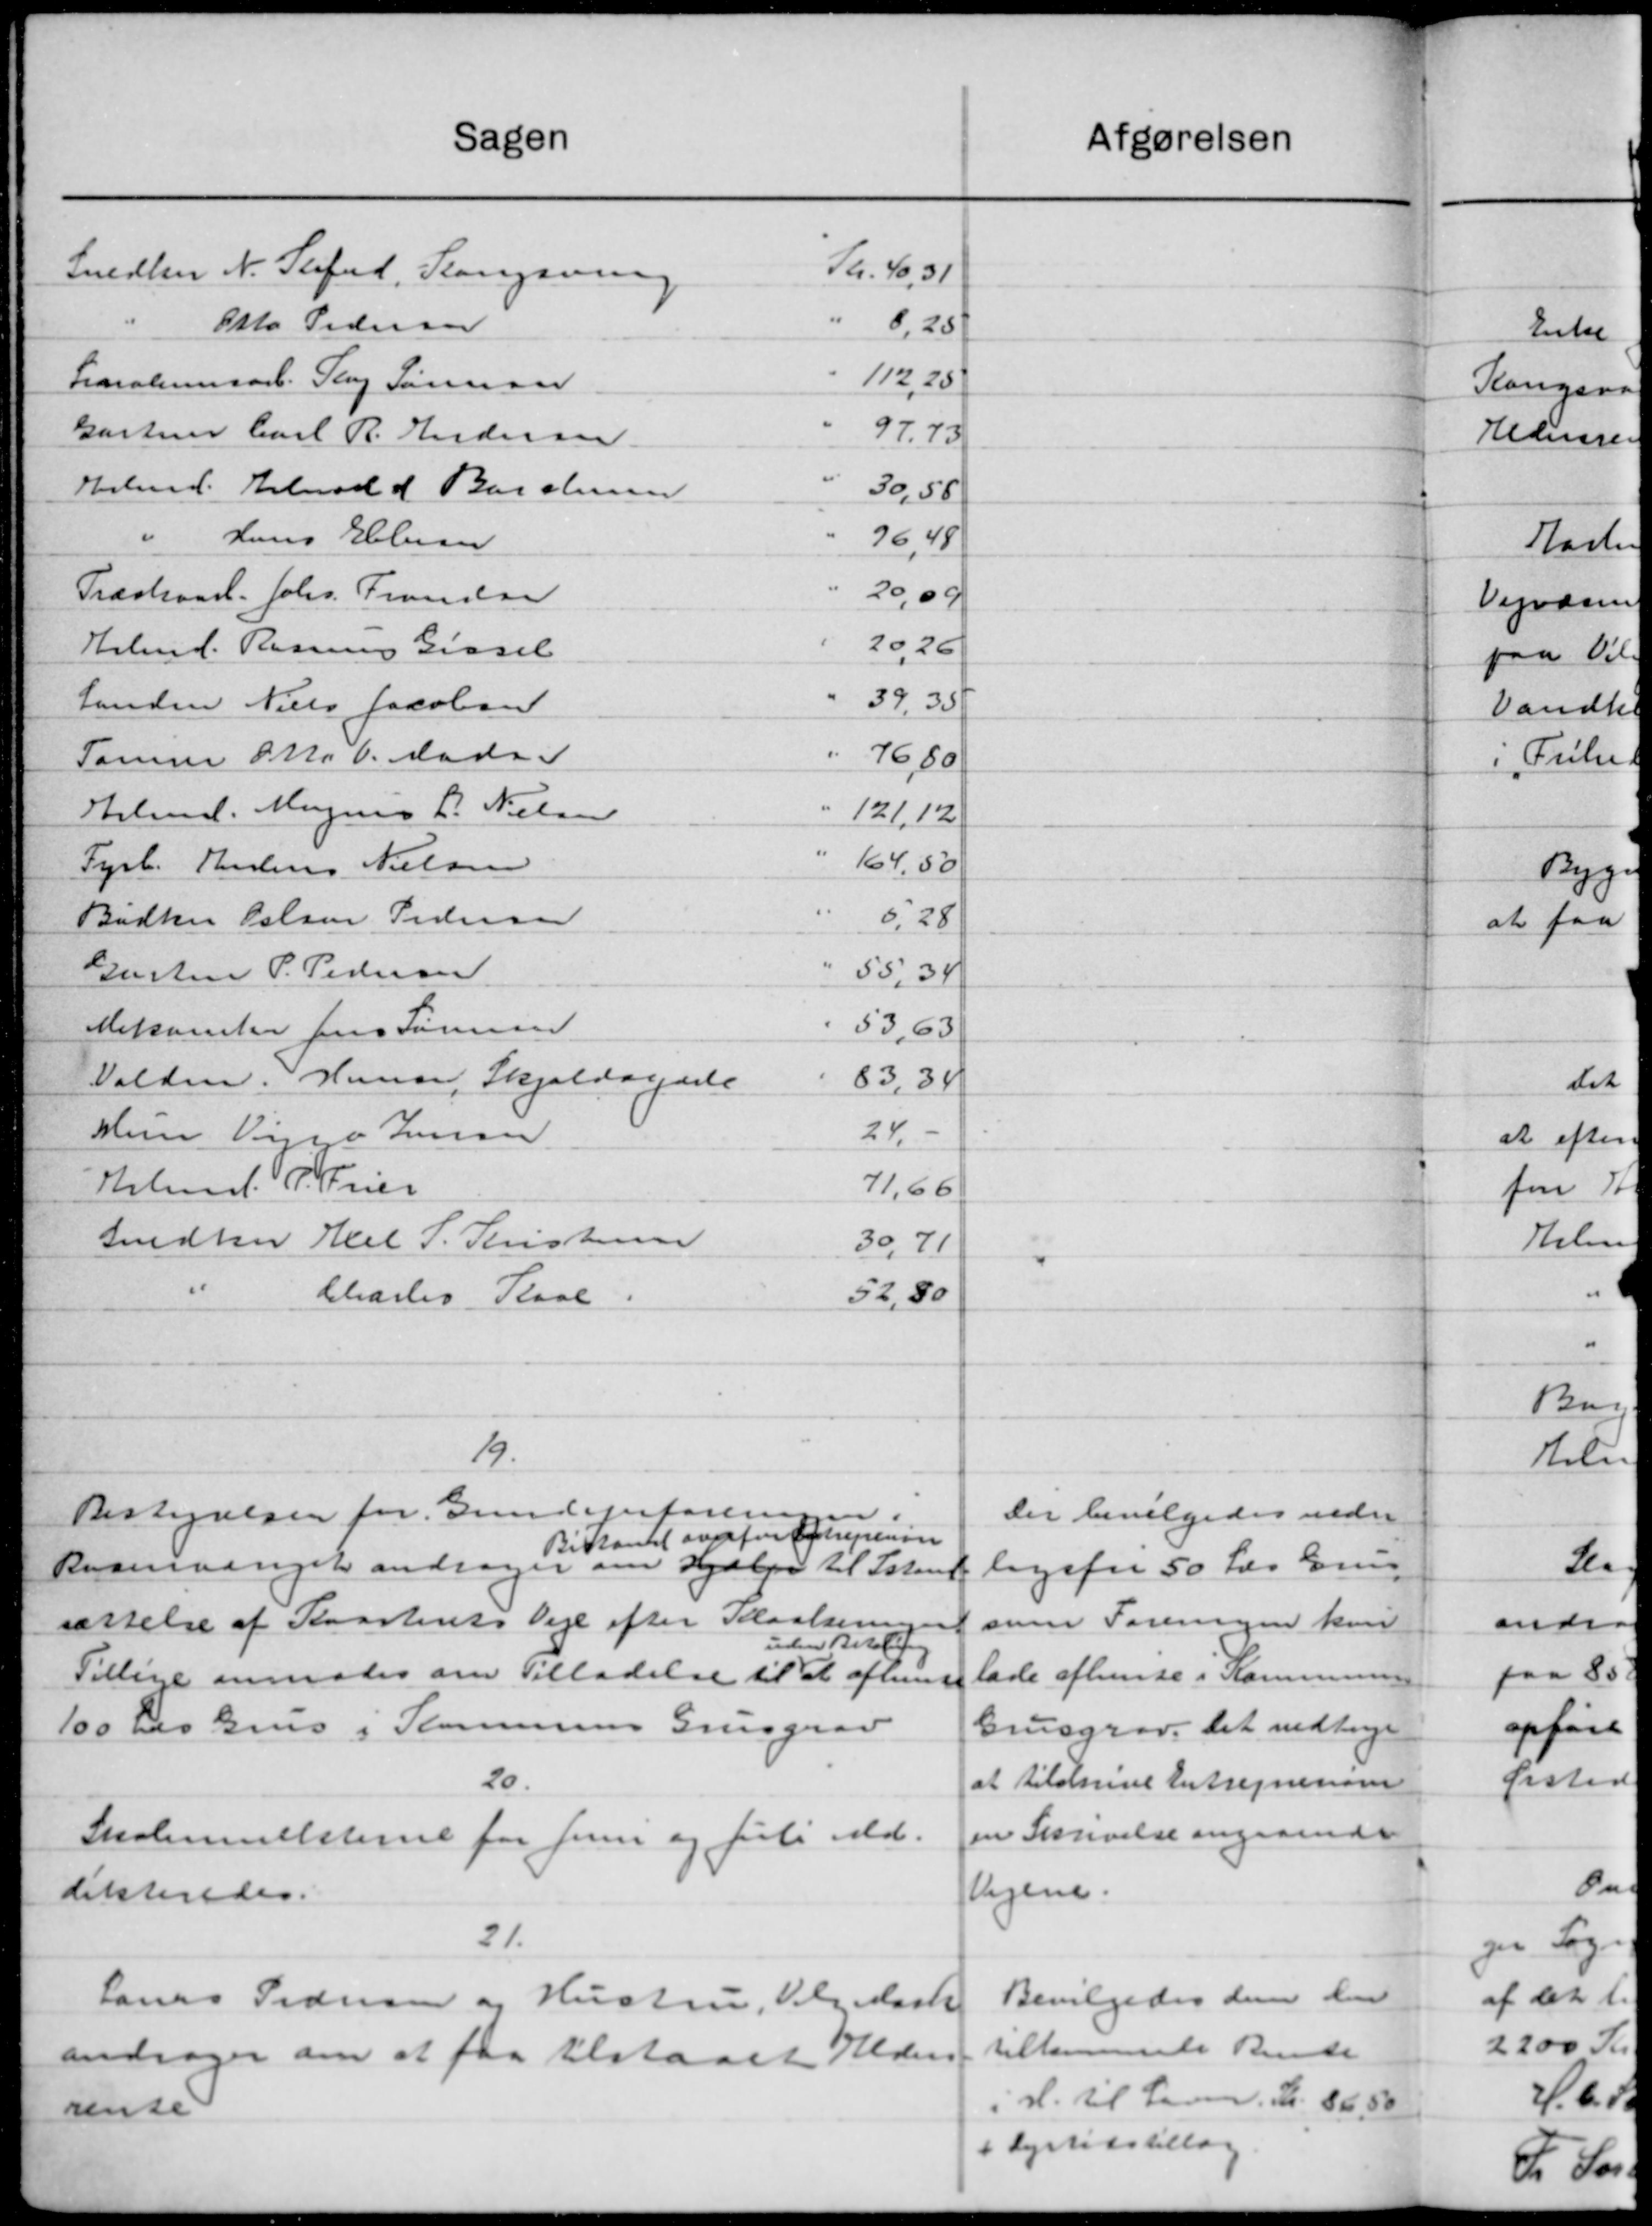
Transskription:
Sagen
Snedker N. Seefeld, Kongeven
Kr. 40.31
"
Otto Pedersen
8,25
112, 25
Karolimsarb. Paag Sørensen
Gartner Carl R. Andersen.
97.73
"
Hrbmd. tilmed d Barchum
30,55
"
Hans Ebbesen
76,48
Træskaarl. Johs. Franielse
2009
2026
Arbmd. Rasmus Gissel
"
Landen Niels Jacobsen
39.35
"
Tamme Skr. 6. Mads
76,80
Hilmed. Magens P. Nielsen
171,12
164, 50
Tyrb. Julius Nielsen
Bødker Palsen Pedersen
5,28
Gasten P. Pedersen
55,34
Mekanter Jens Søren
53,63
Valdm. Hansen, Skjoldagede
83, 34
24
Hun Vejen Jensen
Hrbmd. P. Trier
71,66
Gedker Axel P. Kristensen
39,71
52,80
beladtes Plaal.
19.
Bestyrelser for Gundejerforenin
Bistandet overfor Optreperion
Rosenvænget andrager om Hjælpe til Istand
sættelse af Kvarterets Veje efter Klaaleringen
f
uden Betaling
Tillige anmodes om Tilladelse til at afhente
100 les Grus i Kommunens Grusgrav
20.
Skolemulkterne for Juni og Juli Md.
dikteredes.
21.
Laurs Pedersen og Hustru, Vel Mark
andrager om at faa tilstaaet Hedens
rense